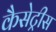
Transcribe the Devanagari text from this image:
कैसेट्रीस